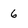
Character: 6